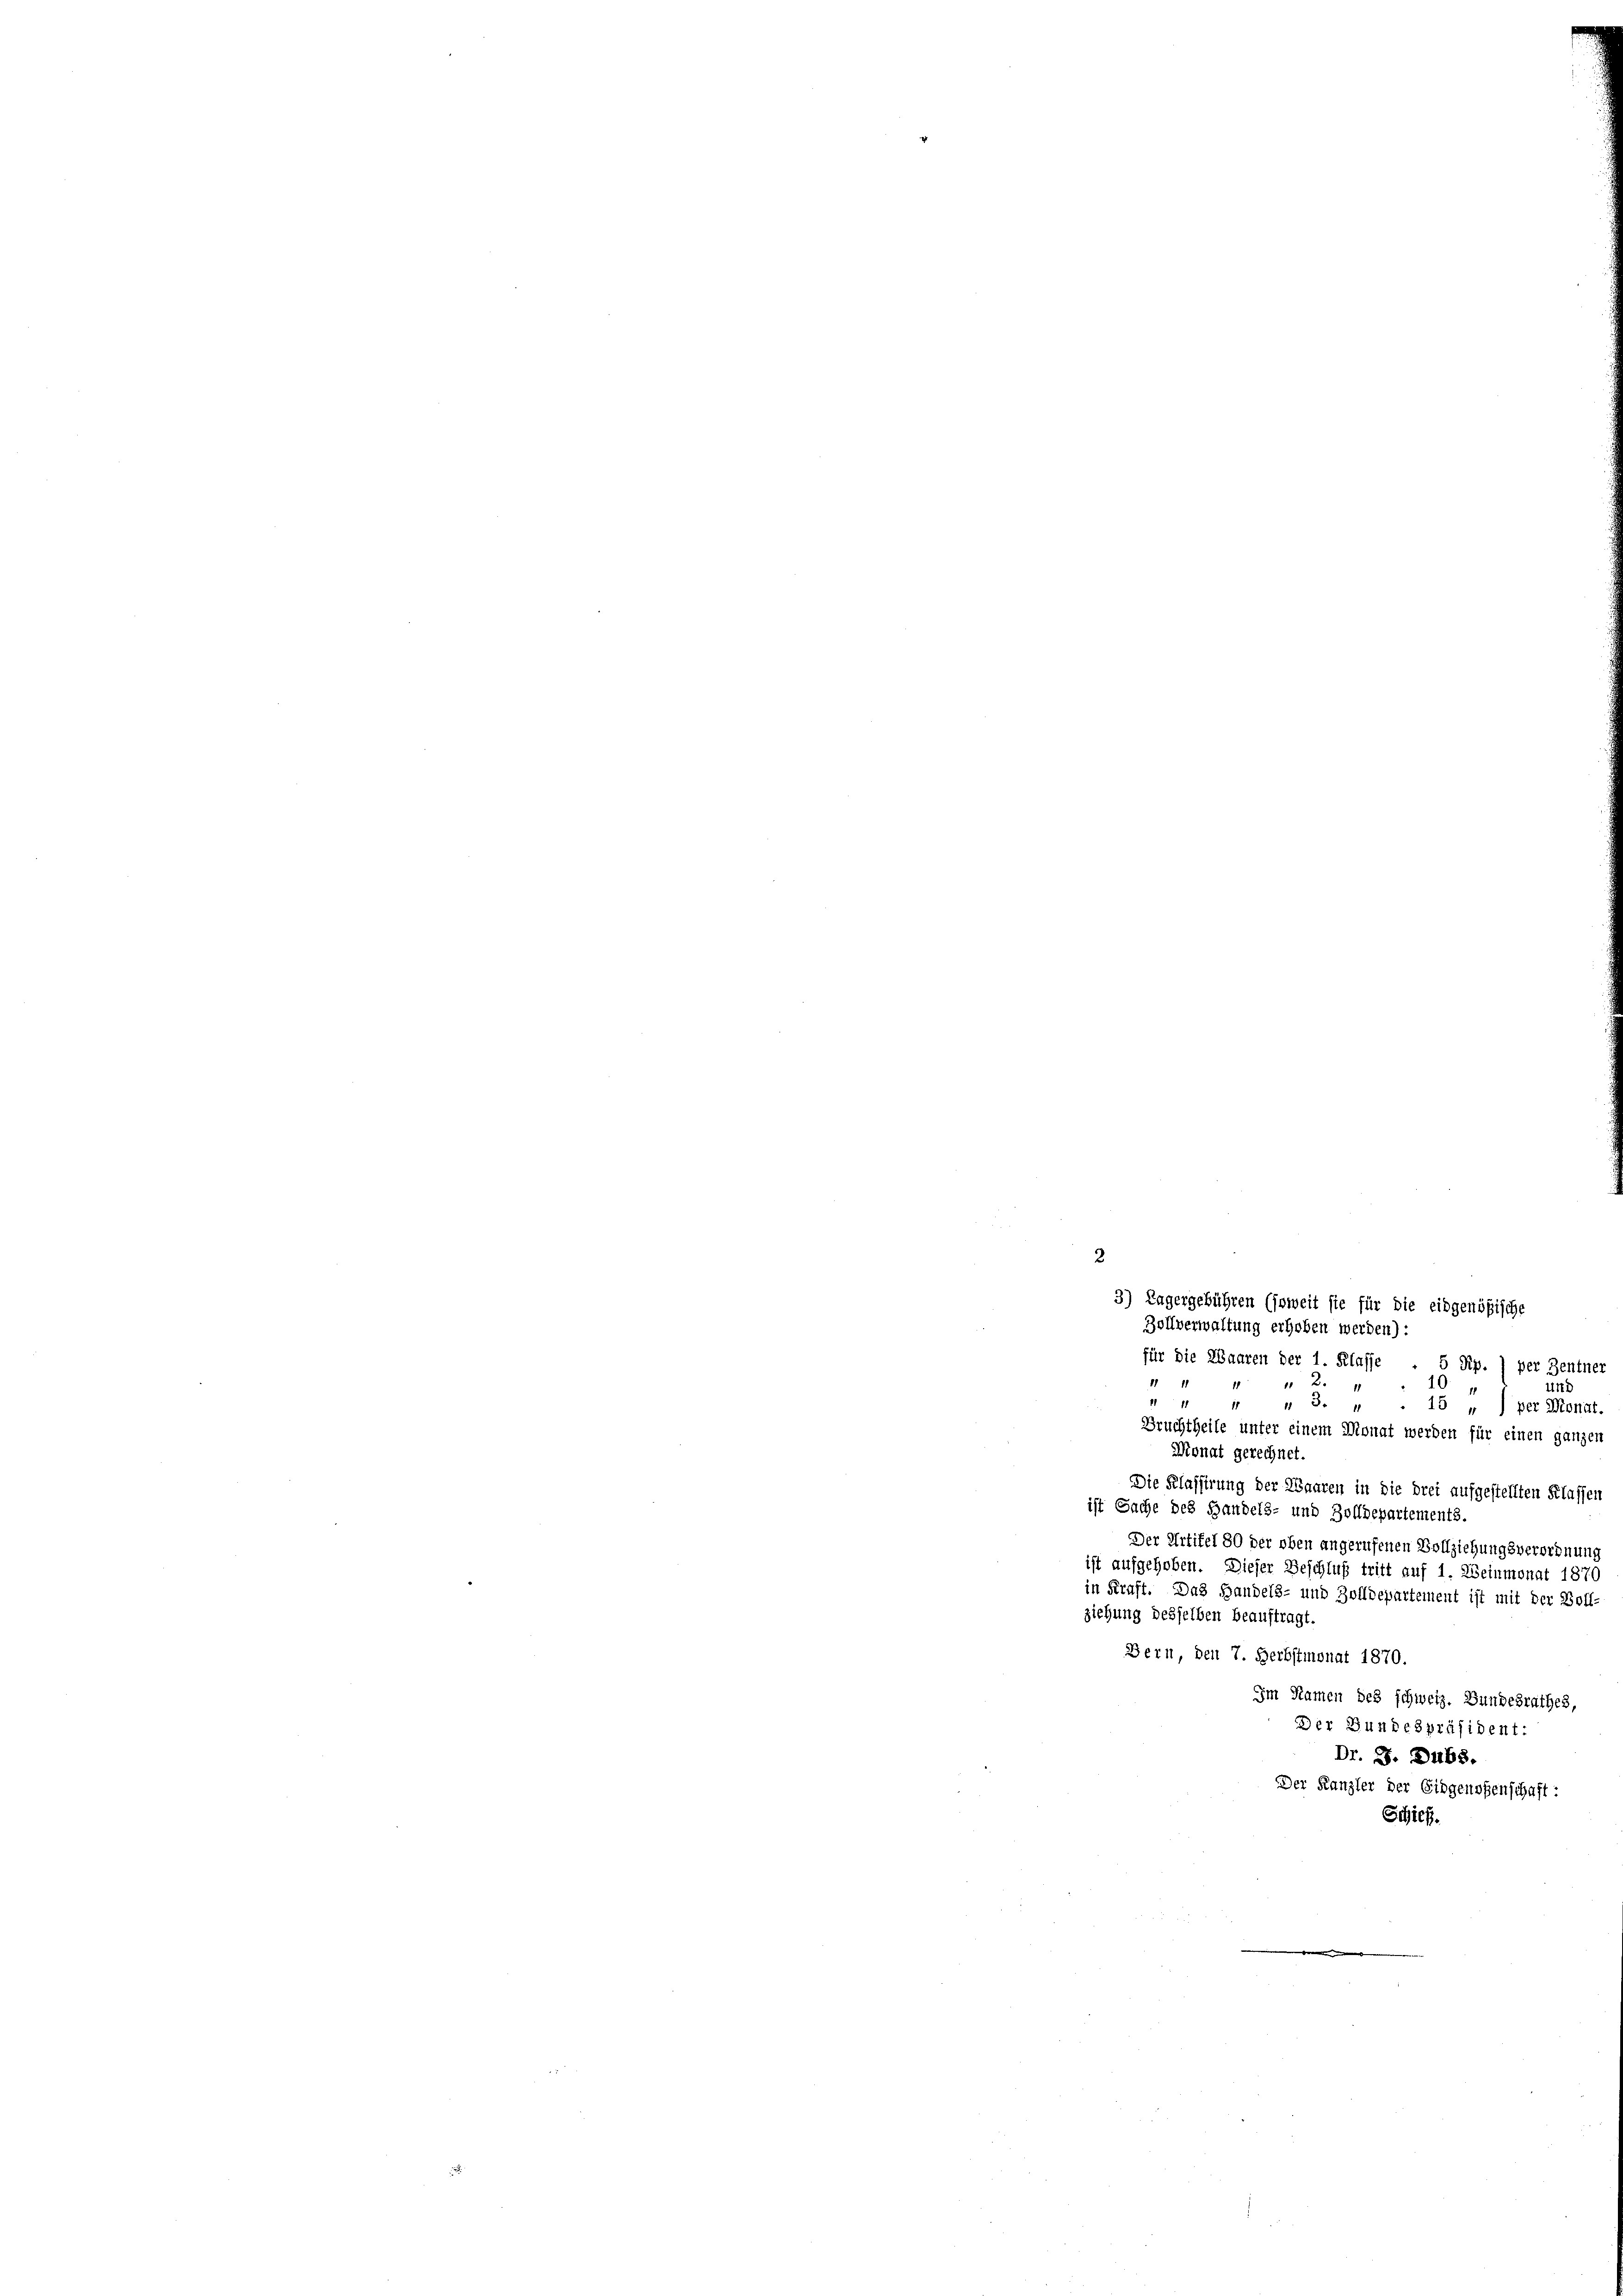
Zollverwaltung erhoben werden):
für die Waaren der 1. Klasse . 5 Rp. ) per Zentner
II 11 11
2 x
10
Und
II 1 1 1 S. 1
.15 „) per Kronat.
Bruchtheile unter einem Monat werden für einen ganzen
Monat gerechnet.
Die Klassirung der Waaren in die drei aufgestellten Klassen
ist Sache des Handels- und Zolldepartements.
Der Artikel 80 der oben angerufenen Vollziehungsverordnung
ist aufgehoben. Dieser Beschluß tritt auf 1. Weinmonat 1870
in Kraft. Das Handels- und Zolldepartement ist mit der Boll
ziehung desselben beauftragt.
Bern, den 7. Herbstmonat 1870.
Im Namen des schweiz. Bundesrathes,
Der Bundespräsident:
Dr. J. Dubs.
Der Kanzler der Eidgenossenschaft:
Schick.

3) Lagergebühren (soweit sie für die eidgenößische